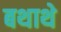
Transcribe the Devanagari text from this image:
बथाथे